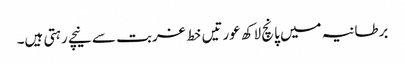
برطانیہ میں پانچ لاکھ عورتیں خط غربت سے نیچے رہتی ہیں۔